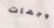
وجهات